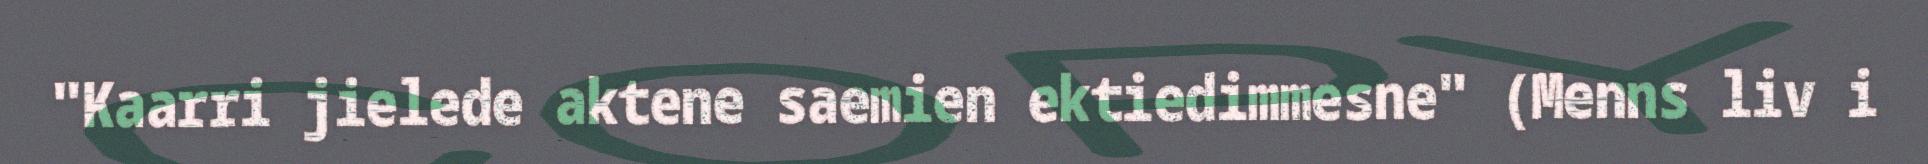
"Kaarri jielede aktene saemien ektiedimmesne" (Menns liv i